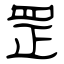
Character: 罡